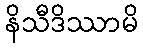
နိသီဒိဿာမိ